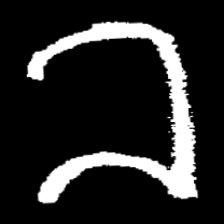
Pyu character \u2014 Myanmar letter: ခ (romanized: kha)